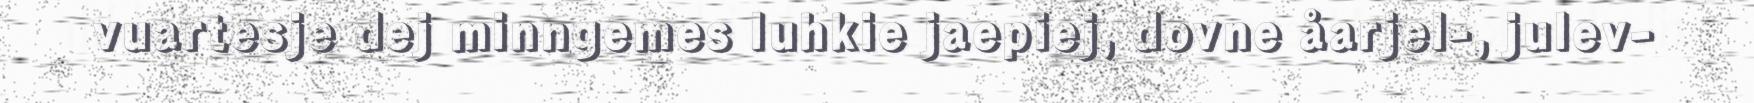
vuartesje dej minngemes luhkie jaepiej, dovne åarjel-, julev-